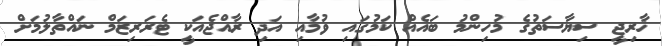
ޚާރިޖީ ސިޔާސަތުގެ މުހިންމު ބައެއް ކަމުގައި ވުމާއި އަދި ރާއްޖެއަކީ ޓެރަރިޒަމް ނައްތާލުމަށް